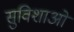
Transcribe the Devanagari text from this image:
सुविशाओं